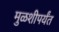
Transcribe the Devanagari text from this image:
मुळशीपर्यंत